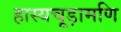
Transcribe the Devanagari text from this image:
हास्यचूड़ामणि